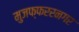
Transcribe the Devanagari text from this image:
मुजफ्फररनगर